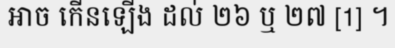
អាច កើនឡើង ដល់ ២៦ ឬ ២៧ [1] ។